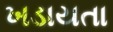
ખડાયતા